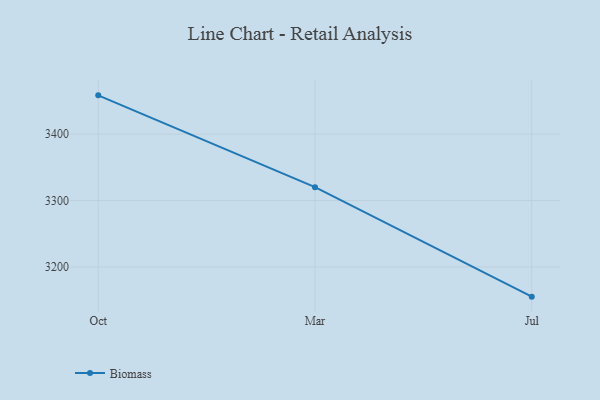
{"axis": {"x": "Month", "y": "Customer Acquisition Cost (USD)"}, "legend": ["Biomass"], "data": [{"x": "Oct", "y": 3458.3, "type": "Biomass"}, {"x": "Mar", "y": 3320.2, "type": "Biomass"}, {"x": "Jul", "y": 3155.4, "type": "Biomass"}]}